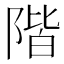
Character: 階